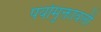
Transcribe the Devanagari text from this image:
पर्यामुक्तावली